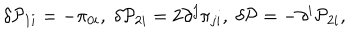
\delta { \cal P } _ { 1 i } = - \pi _ { 0 i } , \; \delta { \cal P } _ { 2 i } = 2 \partial ^ { j } \pi _ { j i } , \; \delta { \cal P } = - \partial ^ { i } { \cal P } _ { 2 i } ,